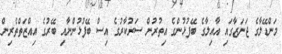
މަންޑޭލާގެ ޖަނަޒާގައި އާއިލާގެ ބޭފުޅުންގެ އިތުރުން ސަރުކާރުގެ އިސް ބޭފުޅުންނާއި ބޭރުގެ އިއްޒަތްތެރިން